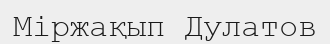
Міржақып Дулатов